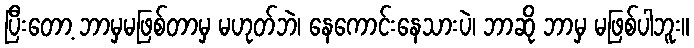
ပြီးတော့ ဘာမှမဖြစ်တာမှ မဟုတ်ဘဲ၊ နေကောင်းနေသားပဲ၊ ဘာဆို ဘာမှ မဖြစ်ပါဘူး။